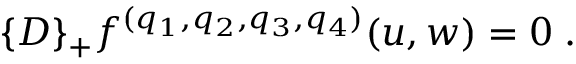
\{ { \cal D } \} _ { + } f ^ { ( q _ { 1 } , q _ { 2 } , q _ { 3 } , q _ { 4 } ) } ( u , w ) = 0 \; .